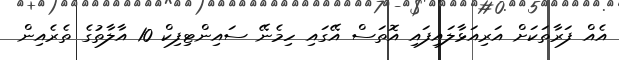
އެއް ފަރާތަކަށް އަރިއަޅާލައިފައި އޮތަސް އޭގައި ހިމެނޭ ސައިންޓިފިކް 10 އާލާތުގެ ތެރެއިން